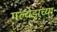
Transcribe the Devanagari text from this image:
गल्वेझच्या